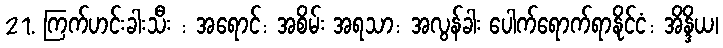
21. ကြက်ဟင်းခါးသီး : အရောင်: အစိမ်း အရသာ: အလွန်ခါး ပေါက်ရောက်ရာနိုင်ငံ: အိန္ဒိယ၊